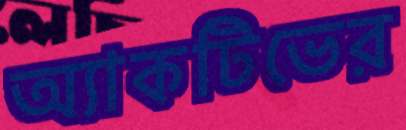
অ্যাকটিভের